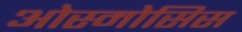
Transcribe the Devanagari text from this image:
ओस्मोसिस